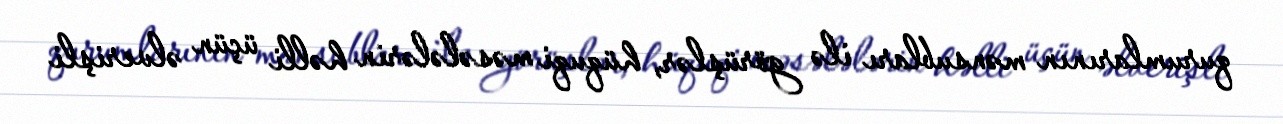
qurumlarının mənsubları ilə görüşlər, hüquqi məsələlərin həlli üçün əlverişli